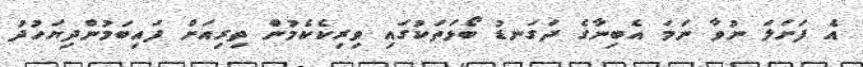
އެ ފަށަލަ ނުވާ ނަމަ އެބިނާގެ ދަގަނޑު ބޯޅަތަކުގައި ވިރިކެކެމުން ތިރިއަށް ފައިބަމުންދިޔަހުދު